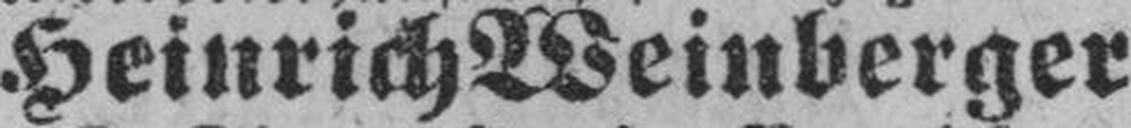
Heinrich Weinberger